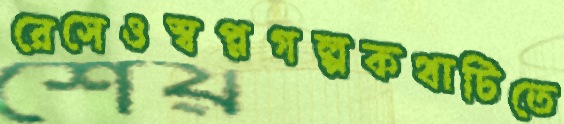
রেসেওস্বপ্নগল্পকথাটিতে